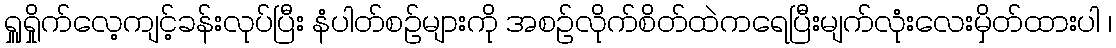
ရှူရှိုက်လေ့ကျင့်ခန်းလုပ်ပြီး နံပါတ်စဉ်များကို အစဉ်လိုက်စိတ်ထဲကရေပြီးမျက်လုံးလေးမှိတ်ထားပါ ၊